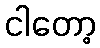
ငါတော့